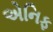
એનિફ